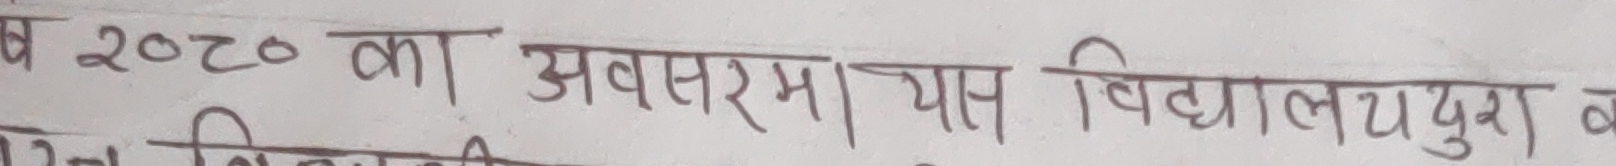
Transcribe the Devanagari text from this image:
ब २०८० का अवसरम | याप विद्यालयद्वारा ब